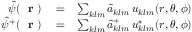
\begin{array} { r l r } { \hat { \psi } ( \mathrm { ~ \bf ~ r ~ } ) } & { { } = } & { \sum _ { k l m } \hat { a } _ { k l m } \, u _ { k l m } ( r , \theta , \phi ) } \\ { \hat { \psi } ^ { + } ( \mathrm { ~ \bf ~ r ~ } ) } & { { } = } & { \sum _ { k l m } \hat { a } _ { k l m } ^ { + } \, u _ { k l m } ^ { * } ( r , \theta , \phi ) } \end{array}